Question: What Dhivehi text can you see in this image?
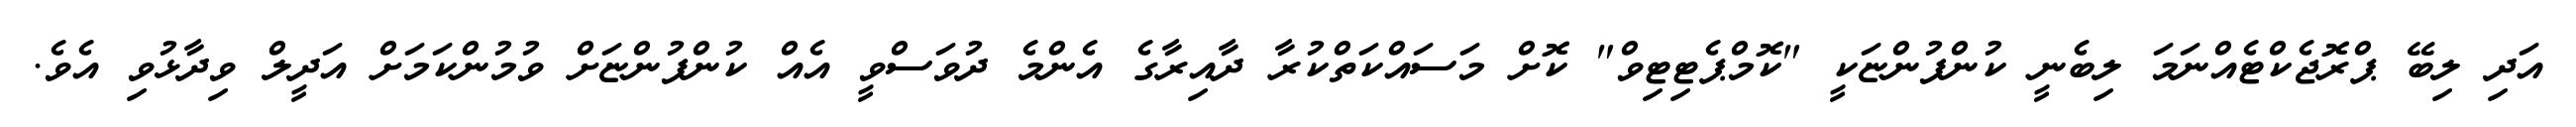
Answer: އަދި ލިބޭ ޕްރޮޖެކްޓެއްނަމަ ލިބެނީ ކުންފުންޏަކީ "ކޮމްޕެޓިޓިވް" ކޮށް މަސައްކަތްކުރާ ދާއިރާގެ އެންމެ ދުވަސްވީ އެއް ކުންފުންޏަށް ވުމުންކަމަށް އަދީލް ވިދާޅުވި އެވެ.